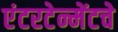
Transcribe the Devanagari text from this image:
एंटरटेन्मेंटचे